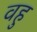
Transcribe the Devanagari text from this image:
वहु